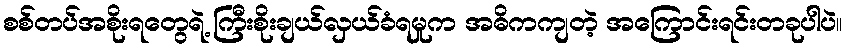
စစ်တပ်အစိုးရတွေရဲ့ ကြီးစိုးချယ်လှယ်ခံရမှုက အဓိကကျတဲ့ အကြောင်းရင်းတခုပါပဲ။